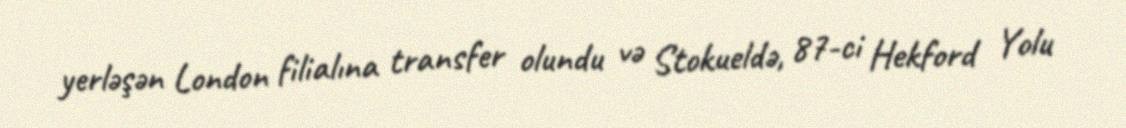
yerləşən London filialına transfer olundu və Stokueldə, 87-ci Hekford Yolu